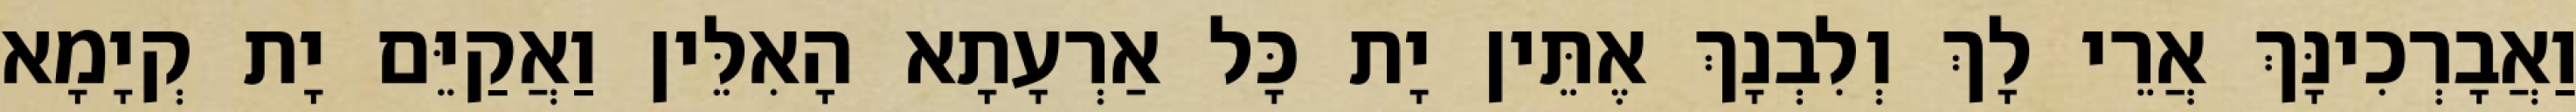
וַאֲבָרְכִינָּךְ אֲרֵי לָךְ וְלִבְנָךְ אֶתֵּין יָת כָּל אַרְעָתָא הָאִלֵּין וַאֲקַיֵּם יָת קְיָמָא